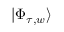
| \Phi _ { \tau , w } \rangle